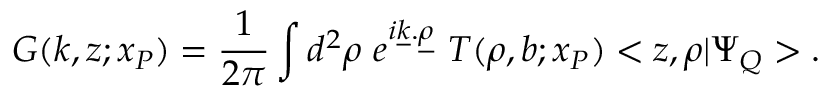
G ( k , z ; x _ { \cal P } ) = \frac 1 { 2 \pi } \int d ^ { 2 } \rho \ e ^ { i \underline { { k } } . \underline { { { \rho } } } } \ T ( \rho , b ; x _ { \cal P } ) < z , \rho | \Psi _ { Q } > .